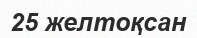
25 желтоқсан